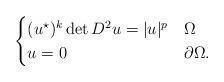
LaTeX: \begin{align*}\begin{cases}(u^{\star})^k\det D^2u = |u|^{p} &\Omega\\u=0 &\partial\Omega.\end{cases}\end{align*}